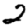
Digit: 2